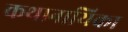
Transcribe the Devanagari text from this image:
कथानायिका